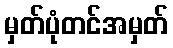
မှတ်ပုံတင်အမှတ်